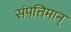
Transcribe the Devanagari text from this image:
संपत्तिमान्‌